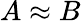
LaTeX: A\approx B